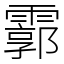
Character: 霩